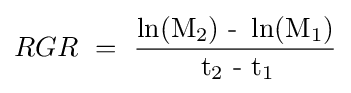
RGR\ =\ {\operatorname {\ln(M_{2})\ -\ \ln(M_{1})}  \over \operatorname {t_{2}\ -\ t_{1}} \!}